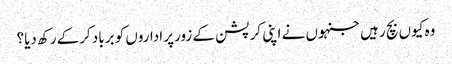
وہ کیوں بچ رہیں جنہوں نے اپنی کرپشن کے زورپر اداروں کو برباد کرکے رکھ دیا؟